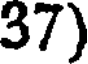
37)